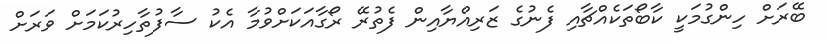
ބޭރަށް ހިންގުމަކީ ކާބޯތަކެއްޗާއި ފެނުގެ ޒަރިއްޔާއިން ފެތުރޭ ރޯގާއަކަށްވުމާ އެކު ސާފުތާހިރުކަމަށް ވަރަށް